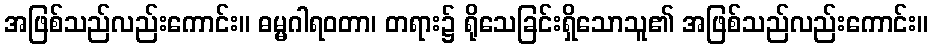
အဖြစ်သည်လည်းကောင်း။ ဓမ္မဂါရဝတာ၊ တရား၌ ရိုသေခြင်းရှိသောသူ၏ အဖြစ်သည်လည်းကောင်း။